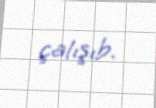
çalışıb.